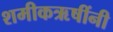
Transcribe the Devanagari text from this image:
शमीकऋषींनी